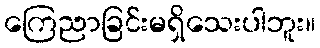
ကြေညာခြင်းမရှိသေးပါဘူး။